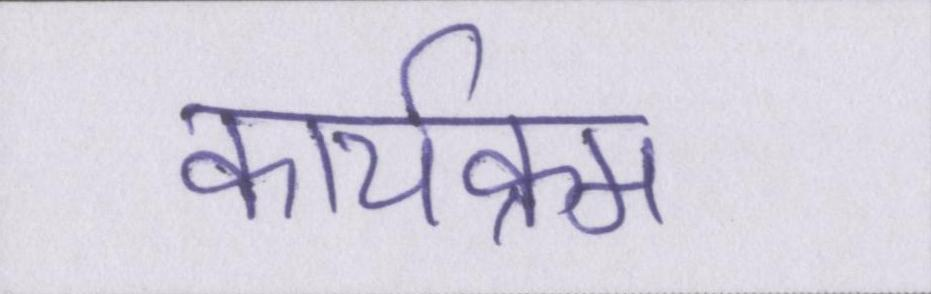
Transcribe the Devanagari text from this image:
कार्यक्रम